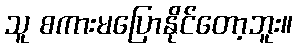
သူ စကားမပြောနိုင်တော့ဘူး။